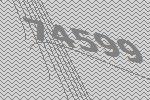
74599